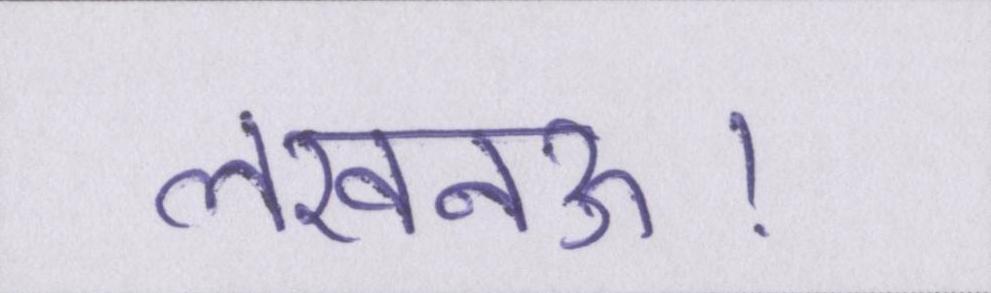
लखनऊ।